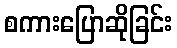
စကားပြောဆိုခြင်း